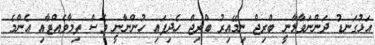
އަޅުގަނޑު ދަންނަވާލާނީ ބްރިޖް ނިމޭއިރު ބްރިޖް ހެދިފައި ހުންނާނީ ވެސް ތިމާވެއްޓާއި އެންމެ